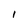
Character: I